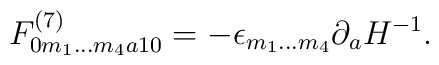
F^{(7)}_{0m_1\ldots m_4 a 10}=-\epsilon_{m_1\ldots m_4}\partial_a H^{-1}.